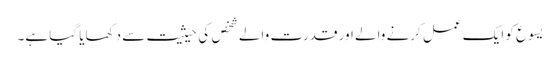
یسوع کو ایک عمل کرنے والے اور قدرت والے شخص کی حیثیت سے دکھایا گیا ہے۔